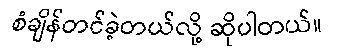
စံချိန်တင်ခဲ့တယ်လို့ ဆိုပါတယ်။